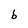
Character: b